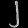
Digit: ၂